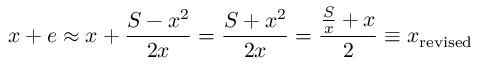
x + e \approx x + { \frac { S - x ^ { 2 } } { 2 x } } = { \frac { S + x ^ { 2 } } { 2 x } } = { \frac { { \frac { S } { x } } + x } { 2 } } \equiv x _ { \mathrm { r e v i s e d } }